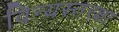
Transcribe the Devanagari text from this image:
विन्यस्तरक्षा